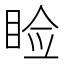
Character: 睑